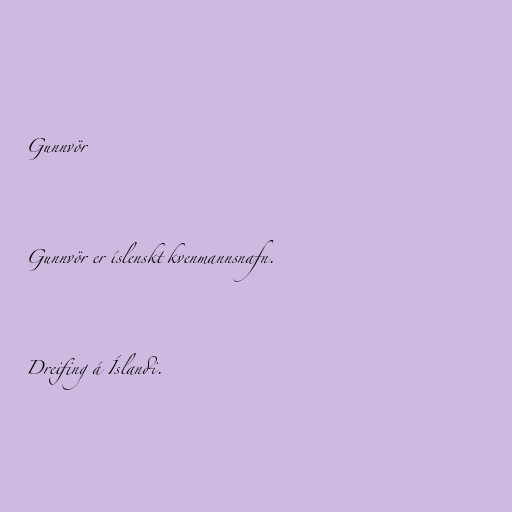
Gunnvör

Gunnvör er íslenskt kvenmannsnafn.

Dreifing á Íslandi.